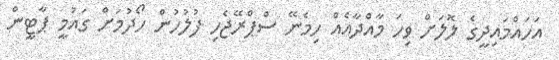
އަހައްމައިދީގެ ލޮލަށް ވިހަ މާއްދާއެއް ހިމެނޭ ސްޕްރޭޖެހި ފުލުހުން ހޯދުމަށް ގައުމީ ޕާޓީން